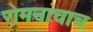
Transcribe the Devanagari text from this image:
रोमनांचाच